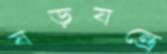
ষড়যন্ত্রে